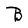
Character: B